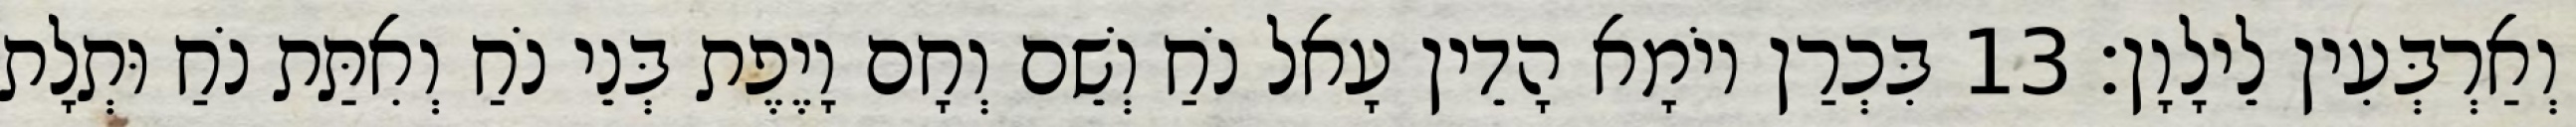
וְאַרְבְּעִין לֵילָוָן׃ 13 בִּכְרַן יוֹמָא הָדֵין עָאל נֹחַ וְשֵׁם וְחָם וָיֶפֶת בְּנֵי נֹחַ וְאִתַּת נֹחַ וּתְלָת